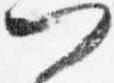
門